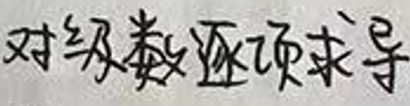
对级数逐项求导